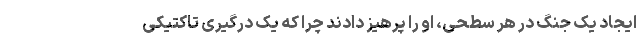
ایجاد یک جنگ در هر سطحی، او را پرهیز دادند چرا که یک درگیری تاکتیکی